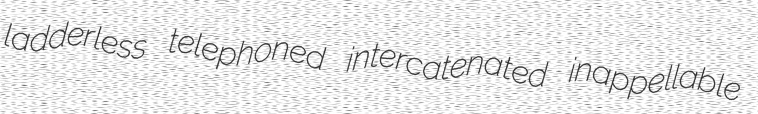
ladderless telephoned intercatenated inappellable